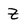
Character: Z